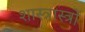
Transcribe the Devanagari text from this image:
शास्त्रास्त्रों